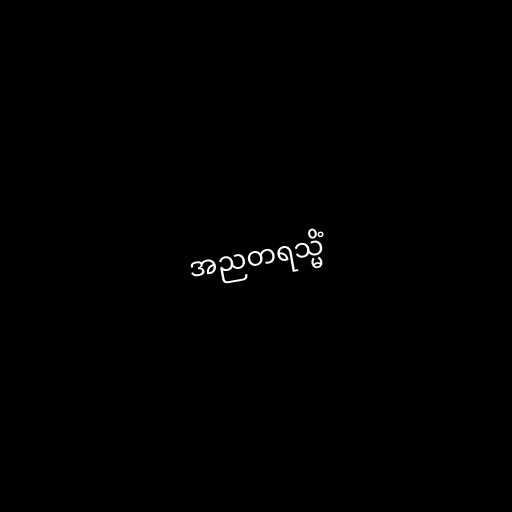
အညတရသ္မိံ